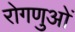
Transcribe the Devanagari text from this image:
रोगणुओं